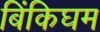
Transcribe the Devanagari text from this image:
बिंकिघम